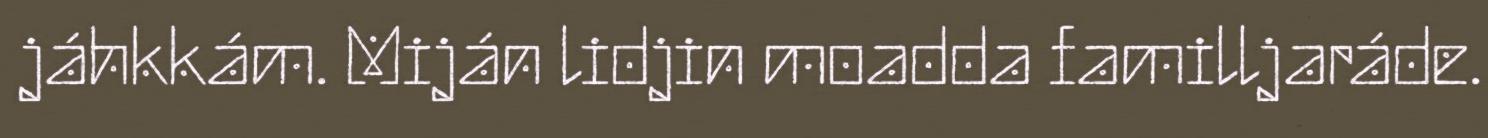
jáhkkám. Miján lidjin moadda familljaráde.